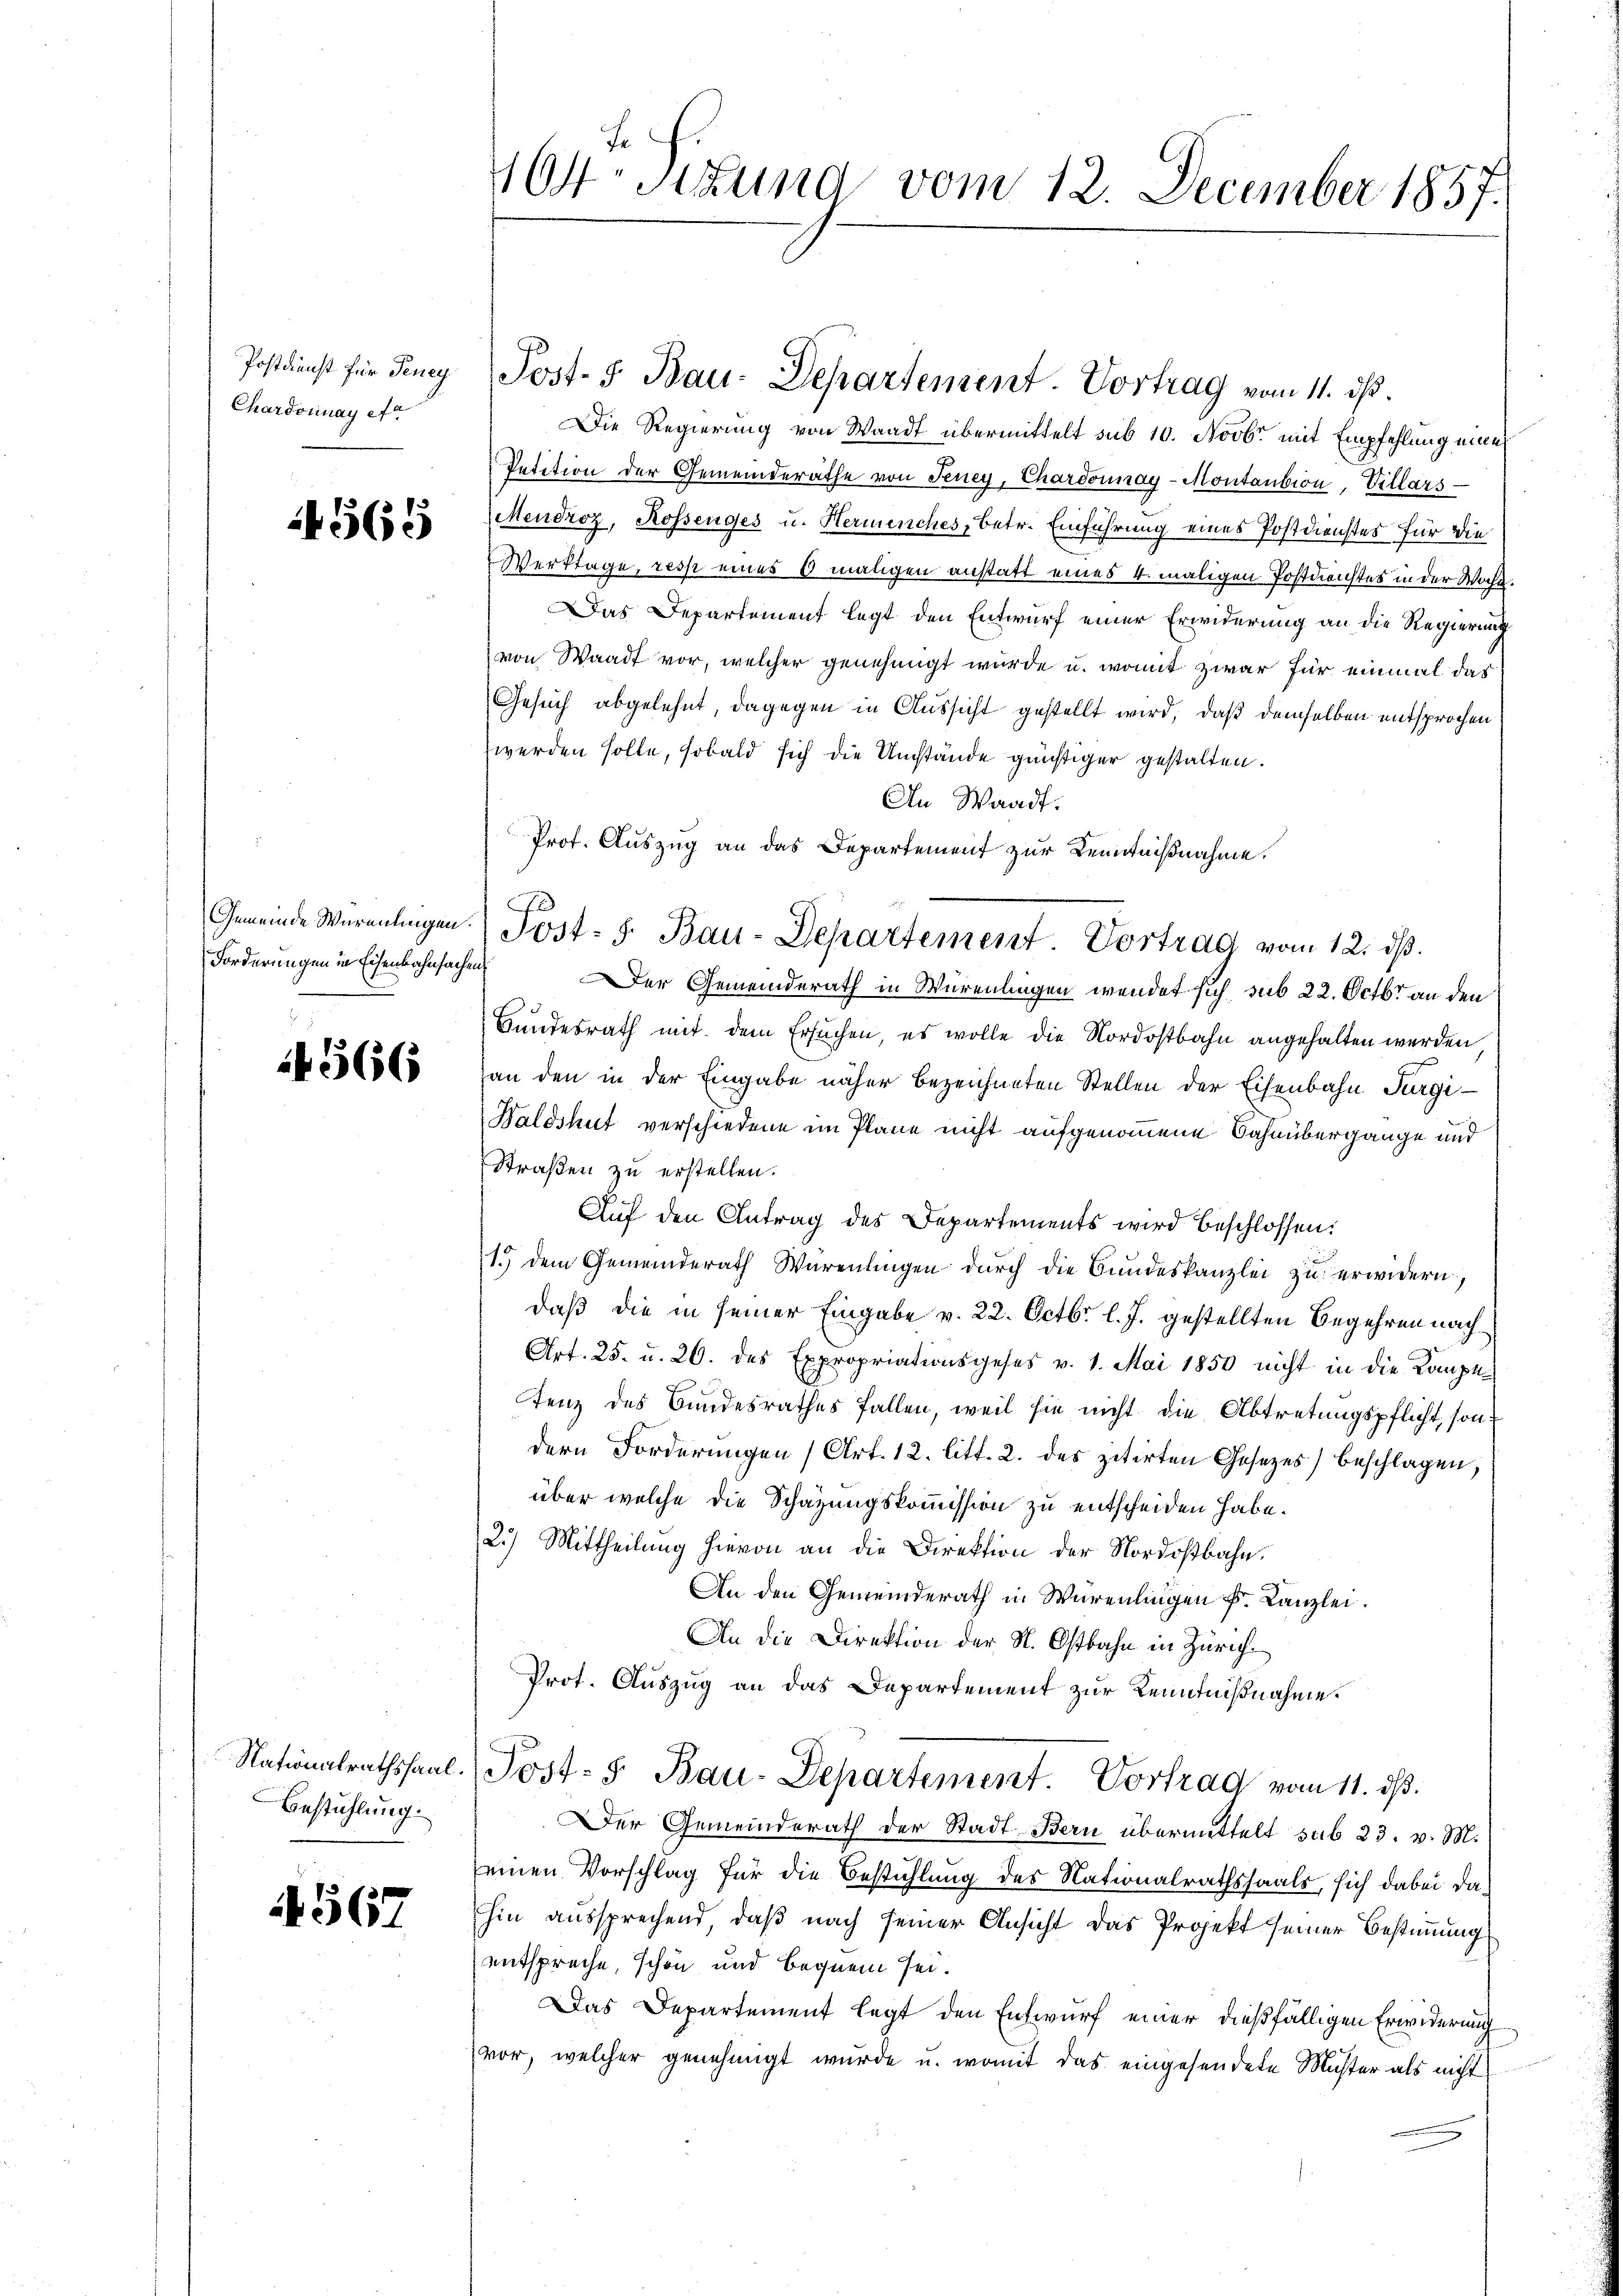
Postdienst für Teney
Chardonnay et

4565

Gemeinde Würenlingen.
Forderungen in Eisenbahnsache.

4566

Nationalrathssaal.
Bestühlung.

4567

104 Sitzung vom 12. December 1857.

Die Regierung von Waadt übermittelt sub 10. Novbr. mit Empfehlung eine
Petition der Gemeinderäthe von Feney, Chardonnay-Montantion, Villars
Mendroz, Rossenges u. Hermenches, betr. Einführung eines Postdienstes für die
Werktage, resp eines 6 maligen anstatt eines 4 maligen Postdienstes in der Woche.
Das Departement legt den Entwurf einer Erwiderung an die Regierung
von Waadt vor, welcher genehmigt wurde u. womit zwar für einmal das
Gesuch abgelehnt, dagegen in Aussicht gestellt wird, daß demselben entsprochen
werden solle, sobald sich die Umstände günstiger gestalten.
An Waadt.
Prot. Auszug an das Departement zur Kenntnißnahme.
Der Gemeinderath in Würenlingen wendet sich sub 22. Octbr. an den
Bundesrath mit dem Ersuchen, es wolle die Nordostbahn angehalten werden
an den in der Eingabe näher bezeichneten Stellen der Eisenbahn Furgi¬
Haldshut verschiedene im Plane nicht aufgenommene Bahnübergange und
Straßen zu erstellen.
Auf den Antrag des Departements wird beschlossen:
1.) dem Gemeinderath Warentingen durch die Bundeskanzlei zu erwidern,
daß die in seiner Eingabe v. 22. Octbr. l. J. gestellten Begehren nach¬
Art. 25. u. 20. des Expropriationsgeses v. 1. Mai 1850 nicht in die Kompetenz des Bundesrathes fallen, weil sie nicht die Abtretungspflicht, sondern Forderungen (Art. 12. litt. 2. des zitirten Gesetzes) beschlagen
über welche die Schazungskommission zu entscheiden habe.
2.) Mittheilung hievon an die Direktion der Nordostbahn.
An den Gemeinderath in Würenlingen k. Kanzlei.
An die Direktion der St. Ostbahn in Zürich.
Prot. Auszug an das Departement zur Kenntnißnahme.
Post- 5. Bau-Departement. Vortrag vom 11. ds.
Der Gemeinderath der Stadt Bern übermittelt sub 23. v. M.
einen Vorschlag für die Bestühlung des Nationalrathssaals, sich dabei dahin aussprechend, daß nach seiner Ansicht das Projekt seiner Bestimmung
entspreche, schön und bequem sei.
Das Departement legt den Entwurf einer dießfälligen Erwiderung
vor, welcher genehmigt wurde u. womit das eingesendete Muster als nicht

Post- 5. Bau-Departement. Vortrag vom 11. ds.

Post- 5. Bau-Departement Vortrag vom 12. ds.